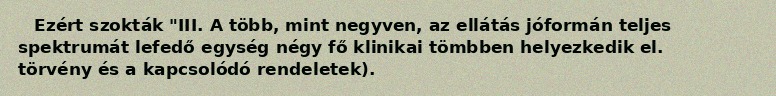
Ezért szokták "III. A több, mint negyven, az ellátás jóformán teljes spektrumát lefedő egység négy fő klinikai tömbben helyezkedik el. törvény és a kapcsolódó rendeletek).